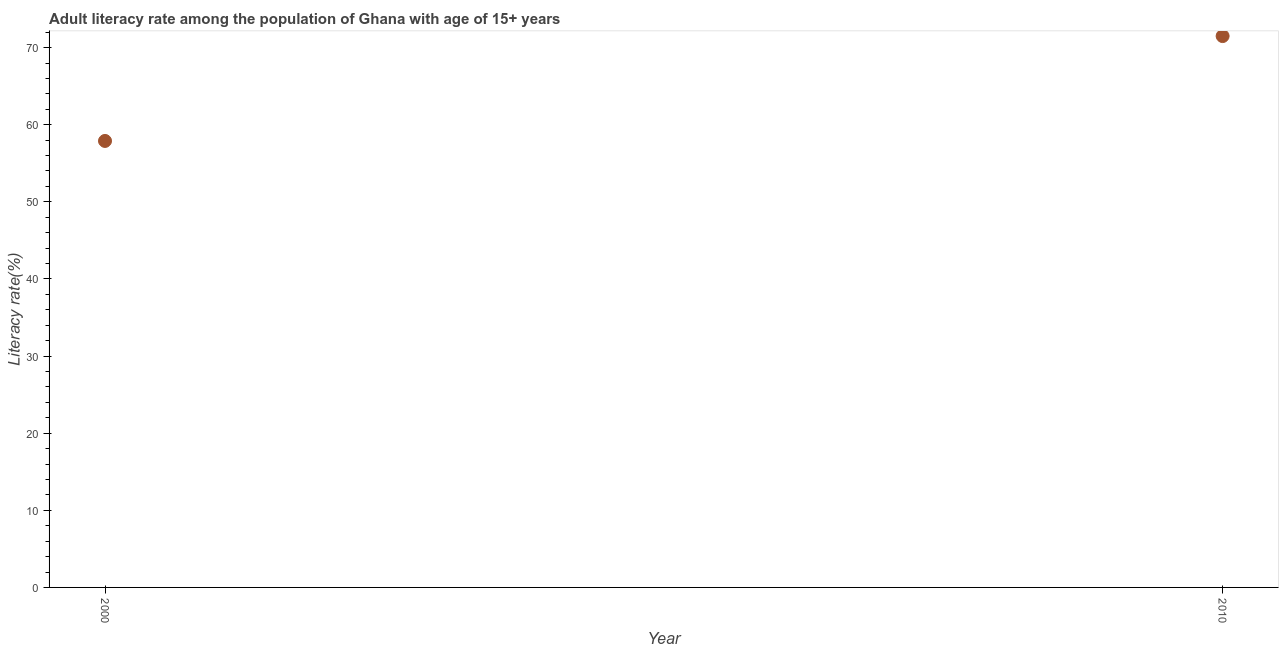
| Year | Adult literacy rate |
 | --- | --- |
 | 2000 | 57.9 |
 | 2010 | 71.5 |